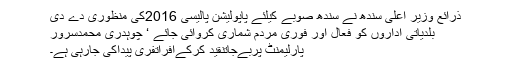
ذرائع وزیر اعلی سندھ نے سندھ صوبے کیلئے پاپولیشن پالیسی 2016کی منظوری دے دی
بلدیاتی اداروں کو فعال اور فوری مردم شماری کروائی جائے ‘ چوہدری محمدسرور
پارلیمنٹ پربےجاتنقید کرکےافراتفری پیداکی جارہی ہے۔